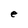
Character: e